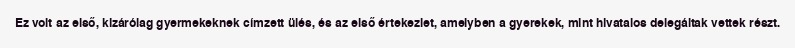
Ez volt az első, kizárólag gyermekeknek címzett ülés, és az első értekezlet, amelyben a gyerekek, mint hivatalos delegáltak vettek részt.